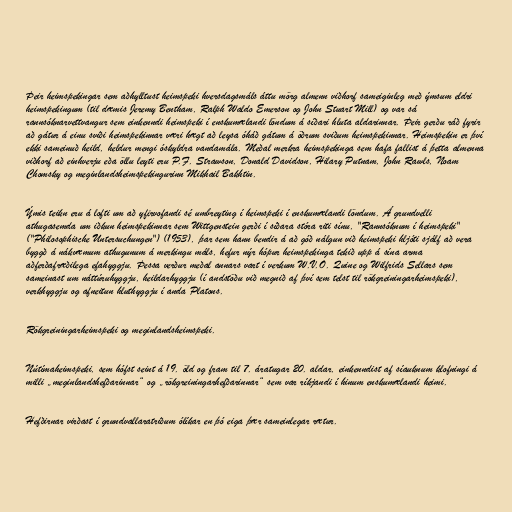
Þeir heimspekingar sem aðhylltust heimspeki hversdagsmáls áttu mörg almenn viðhorf sameiginleg með ýmsum eldri
heimspekingum (til dæmis Jeremy Bentham, Ralph Waldo Emerson og John Stuart Mill) og var sá
rannsóknarvettvangur sem einkenndi heimspeki í enskumælandi löndum á síðari hluta aldarinnar. Þeir gerðu ráð fyrir
að gátur á einu sviði heimspekinnar væri hægt að leysa óháð gátum á öðrum sviðum heimspekinnar. Heimspekin er því
ekki sameinuð heild, heldur mengi óskyldra vandamála. Meðal merkra heimspekinga sem hafa fallist á þetta almenna
viðhorf að einhverju eða öllu leyti eru P.F. Strawson, Donald Davidson, Hilary Putnam, John Rawls, Noam
Chomsky og meginlandsheimspekingurinn Mikhail Bakhtin.

Ýmis teikn eru á lofti um að yfirvofandi sé umbreyting í heimspeki í enskumælandi löndum. Á grundvelli
athugasemda um iðkun heimspekinnar sem Wittgenstein gerði í síðara stóra riti sínu, "Rannsóknum í heimspeki"
("Philosophische Untersuchungen") (1953), þar sem hann bendir á að góð nálgun við heimspeki hljóti sjálf að vera
byggð á nákvæmum athugunum á merkingu máls, hefur nýr hópur heimspekinga tekið upp á sína arma
aðferðafræðilega efahyggju. Þessa verður meðal annars vart í verkum W.V.O. Quine og Wilfrids Sellars sem
sameinast um náttúruhyggju, heildarhyggju (í andstöðu við megnið af því sem telst til rökgreiningarheimspeki),
verkhyggju og afneitun hluthyggju í anda Platons.

Rökgreiningarheimspeki og meginlandsheimspeki.

Nútímaheimspeki, sem hófst seint á 19. öld og fram til 7. áratugar 20. aldar, einkenndist af síauknum klofningi á
milli „meginlandshefðarinnar“ og „rökgreiningarhefðarinnar“ sem var ríkjandi í hinum enskumælandi heimi.

Hefðirnar virðast í grundvallaratriðum ólíkar en þó eiga þær sameinlegar rætur.